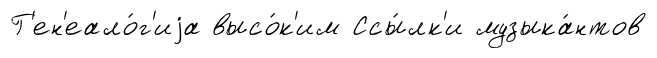
Г'ен'еало́г'иjа высо́к'им Ссы́лк'и музыка́нтов